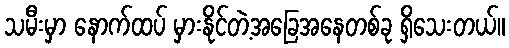
သမီးမှာ နောက်ထပ် မှားနိုင်တဲ့အခြေအနေတစ်ခု ရှိသေးတယ်။